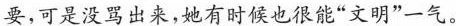
要，可是没骂出来，她有时候也很能”文明”一气。